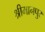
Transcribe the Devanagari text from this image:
श्रीमानपुर